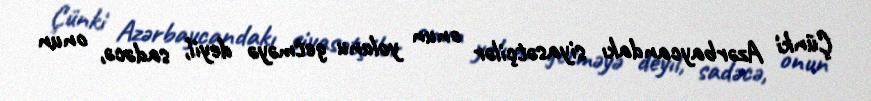
Çünki Azərbaycandakı siyasətçilər onun yolunu getməyə deyil, sadəcə, onun